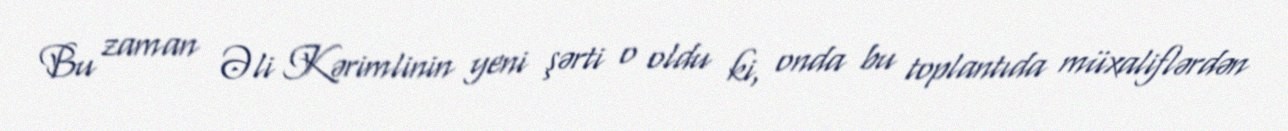
Bu zaman Əli Kərimlinin yeni şərti o oldu ki, onda bu toplantıda müxaliflərdən